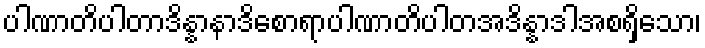
ပါဏာတိပါတာဒိန္နာနာဒိစောရာပါဏာတိပါတအဒိန္နာဒါအစရှိသော၊